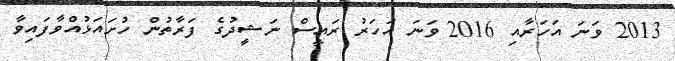
2013 ވަނަ އަހަރާއި 2016 ވަނަ އަހަރު ރައީސް ނަޝީދުގެ ފަރާތުން ހުށައަޅުއްވާފައިވާ